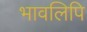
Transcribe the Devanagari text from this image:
भावलिपि